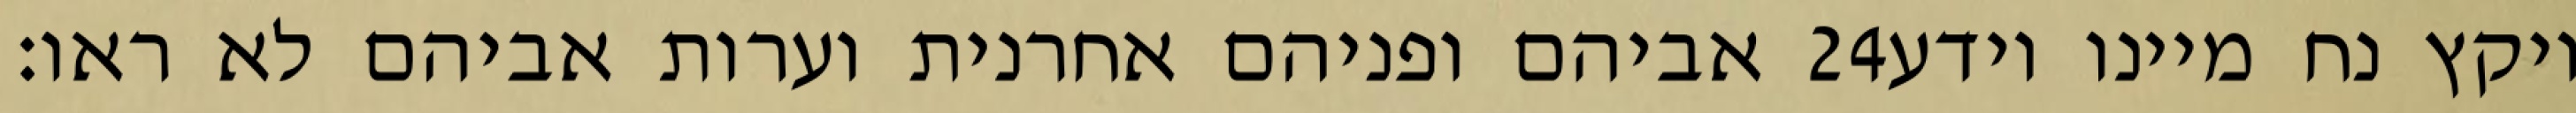
אביהם ופניהם אחרנית וערות אביהם לא ראו׃ ‎24‏ ויקץ נח מיינו וידע